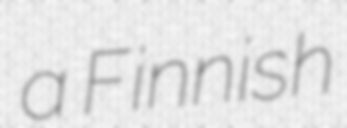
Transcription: a Finnish